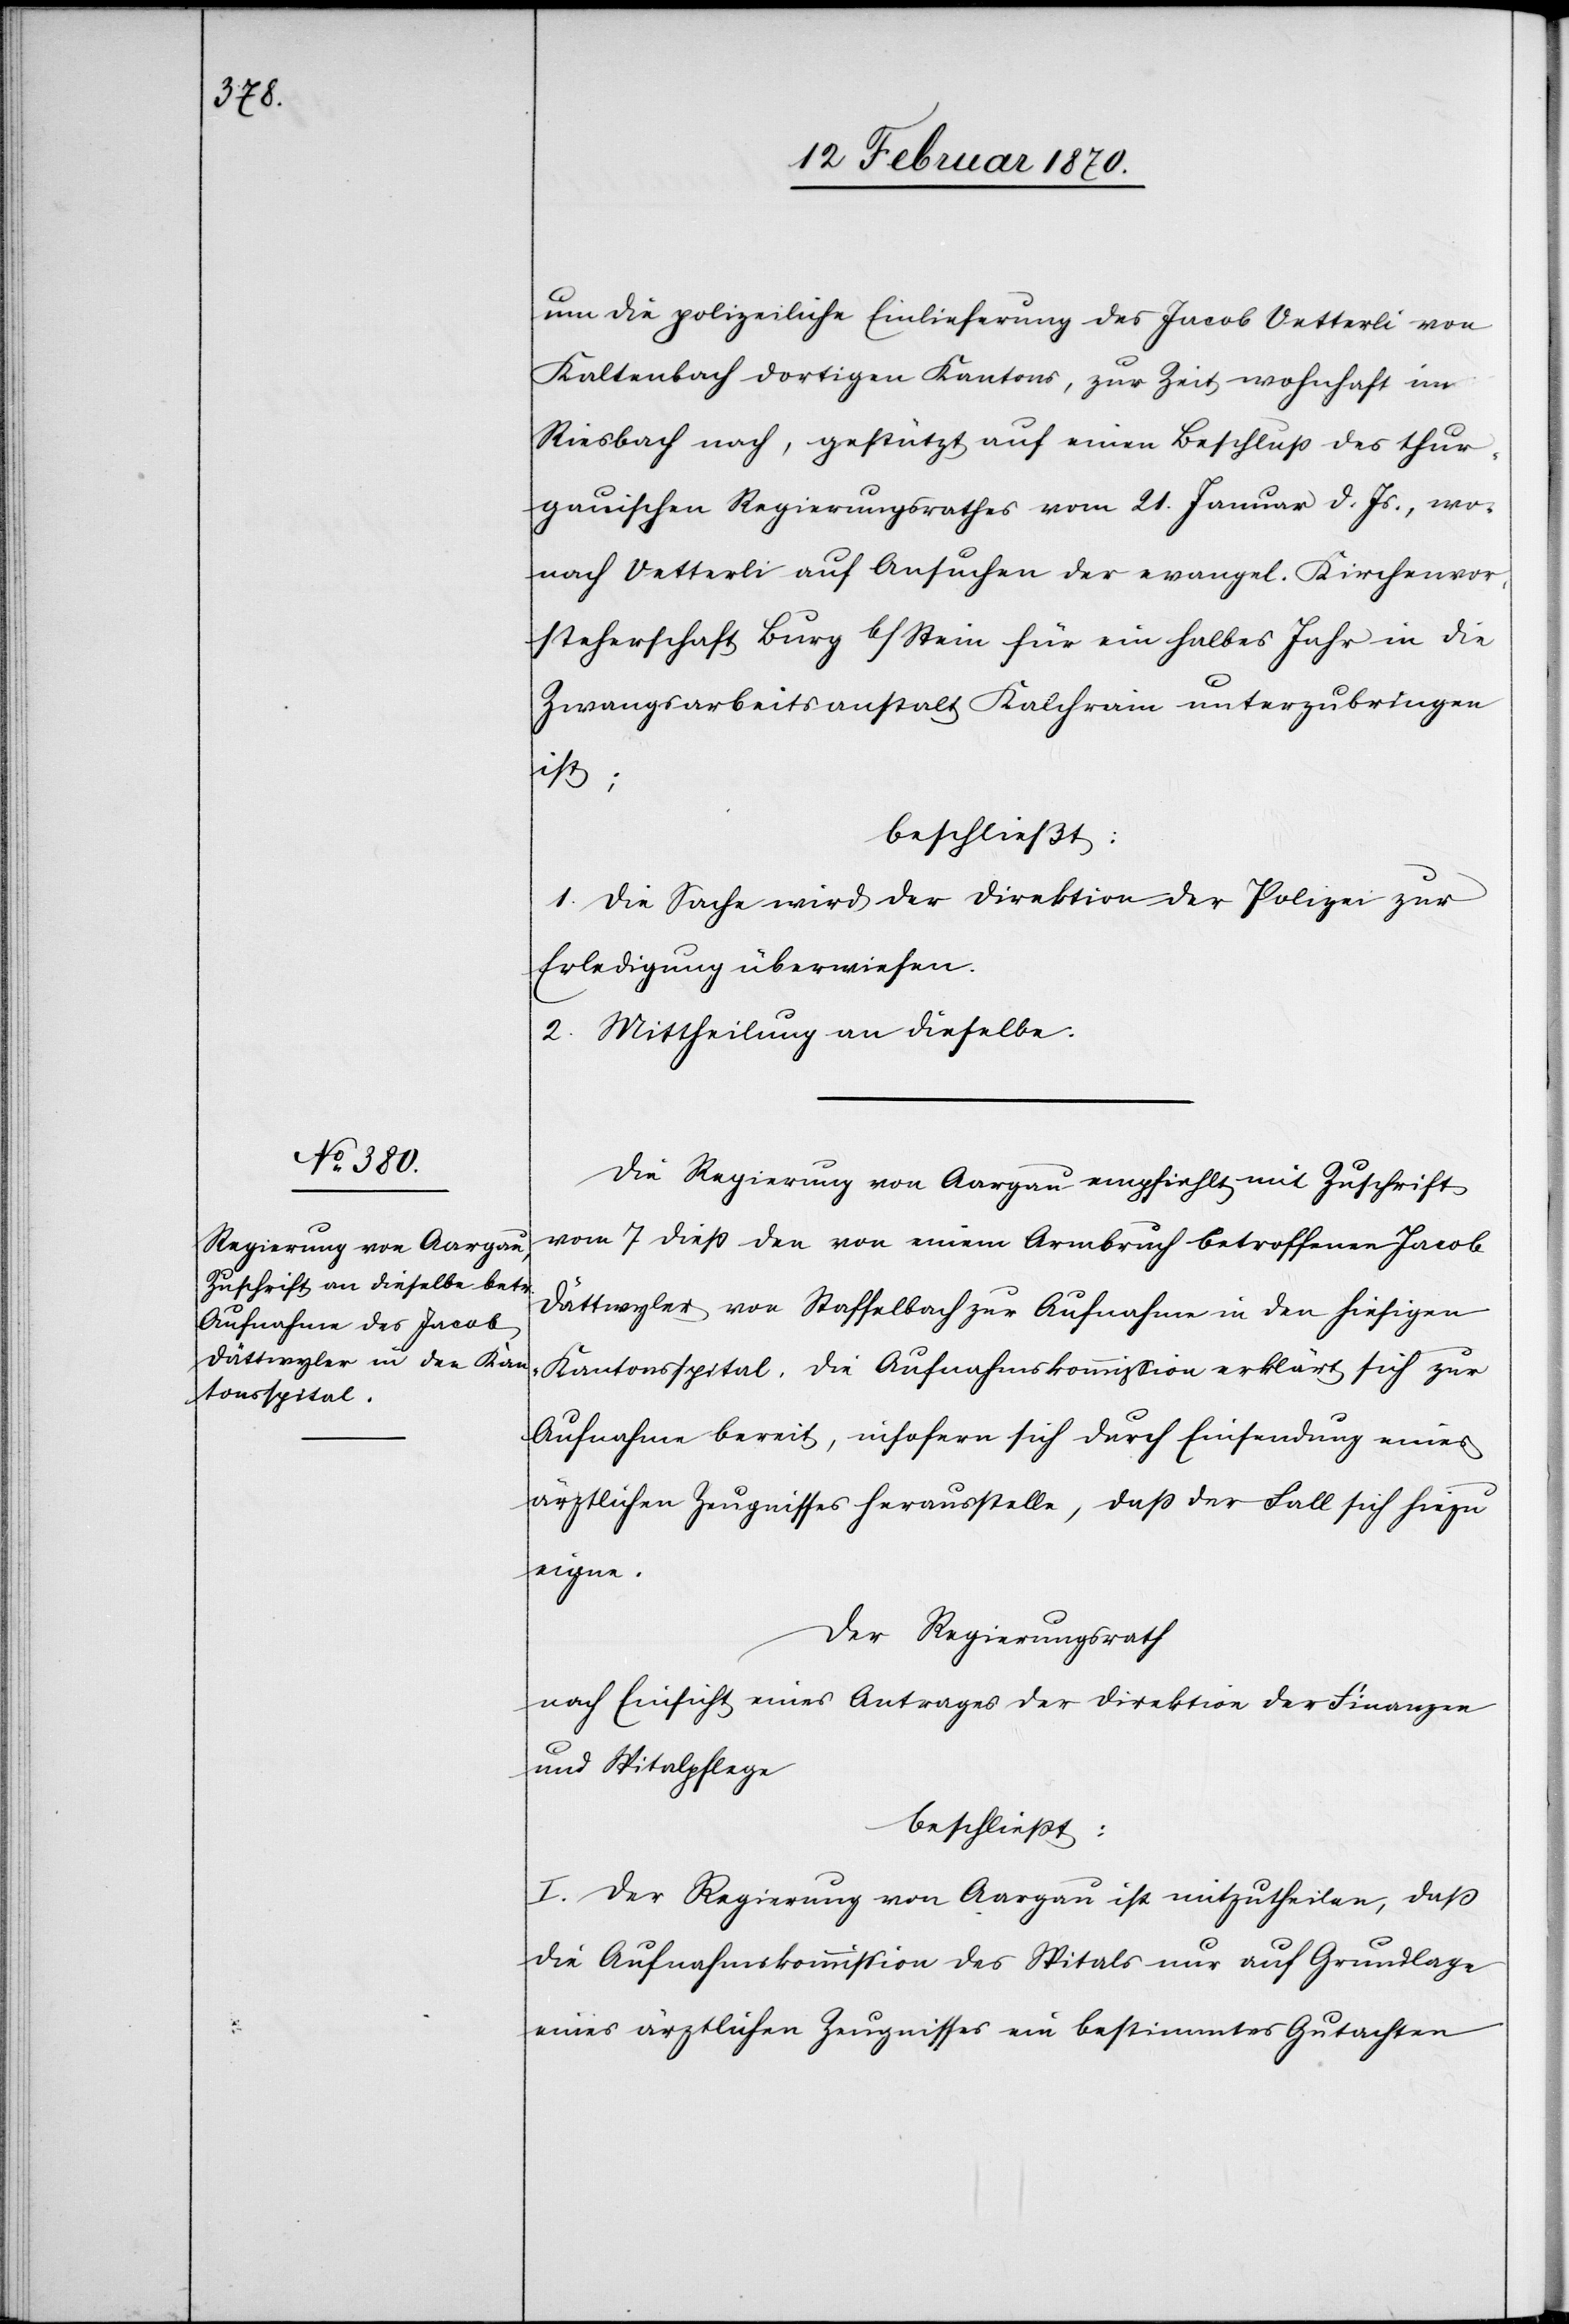
um die polizeiliche Einlieferung des Jacob Vetterli von
Kaltenbach dortigen Kantons, zur Zeit wohnhaft im
Riesbach nach, gestützt auf einen Beschluß des thur¬
gauischen Regierungsrathes vom 21. Januar d. Js., wo¬
nach Vetterli auf Ansuchen der evangel. Kirchenvor¬
steherschaft Burg b/Stein für ein halbes Jahr in die
Zwangsarbeitsanstalt Kalchrain unterzubringen
ist;
beschließt:
1. Die Sache wird der Direktion der Polizei zur
Erledigung überwiesen.
2. Mittheilung an dieselbe.
Die Regierung von Aargau empfiehlt mit Zuschrift
vom 7 dieß den von einem Armbruch betroffenen Jacob
Dättwyler von Staffelbach zur Aufnahme in den hiesigen
Kantonsspital. Die Aufnahmskommission erklärt sich zur
Aufnahme bereit, insofern sich durch Einsendung eines
ärztlichen Zeugnisses herausstelle, daß der Fall sich hiezu
eigne.
Der Regierungsrath
nach Einsicht eines Antrages der Direktion der Finanzen
und Spitalpflege
beschliesst:
I. Der Regierung von Aargau ist mitzutheilen,daß
die Aufnahmskommission des Spitals nur auf Grundlage
eines ärztlichen Zeugnisses ein bestimmtes Gutachten